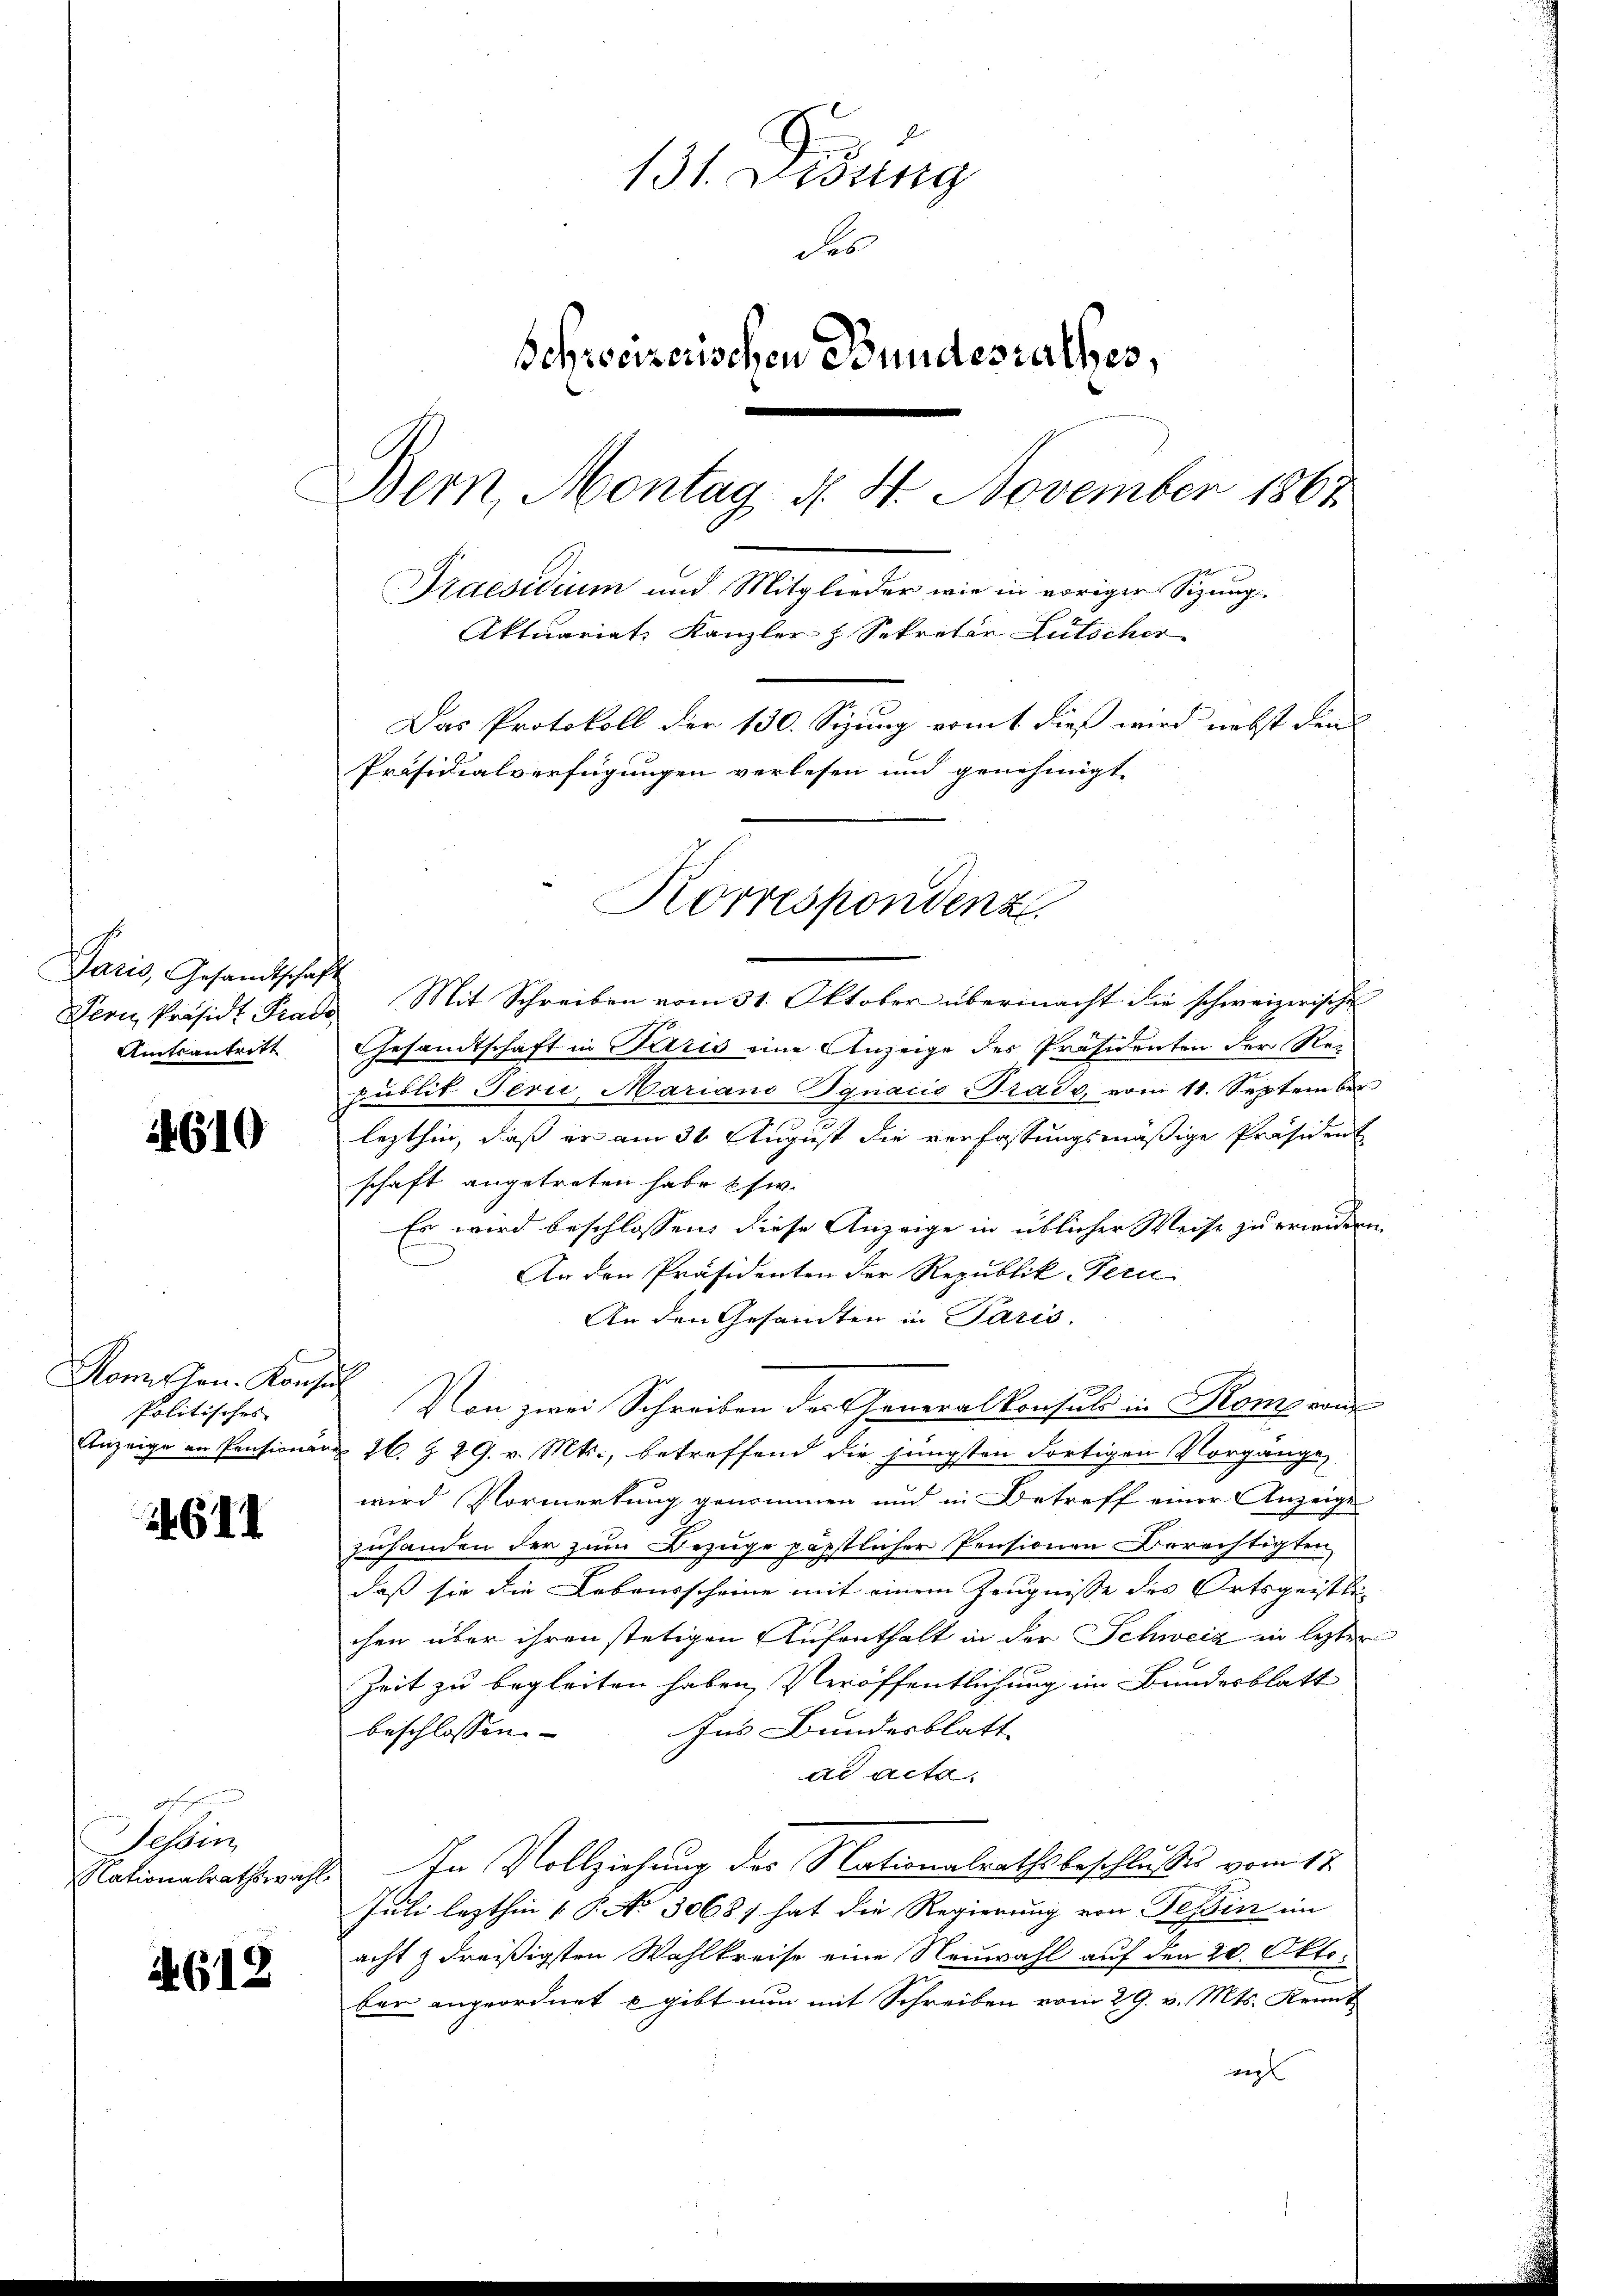
Paris, Gesandtschaft
Amtsantritt

4610

Man hrn. Konsul
Politisches

611

Behin
Nationalrathswahl.

618

131. Didung
Ses
Schweizerischen Bundesrathes,
Bern, Montag d. 4. November 1867
Praesidium und Mitglieder wie in voriger Sizung.
Aktuariat, Kanzler z. Sekretär Lütscher
Das Protokoll der 130. Sizung vomt dieß wird nebst den
Präsidialverfügungen verlesen und genehmigt

Korrespondenz

Pern Präsidt Prad Mit Schreiben vom 31. Oktober übermacht die schweizerische
Gesandtschaft in Paris eine Anzeige des Präsidenten der Republit Teri, Mariano Dynacis Trade, vom 11. September
lezthin, daß er am 31 August die verfassungsmäßige Präsident
schaft angetreten habe es w.
Es wird beschlossen, diese Anzeige in üblicher Weise zu erweidern.
An den Präsidenten der Republik Fern
An den Gesandten in Paris.
Von zwei Schreiben der Generalkonsuls in Rom von
Einzeige an Pensionär 26. & 29. v. Mts., betreffend die jüngsten dortigen Vorgänge
wird Vormerkung genommen und in Betreff einer Anzeige
zuhanden der zum Bezuge päpstlicher Pensionen Berechtigten
daß sie die Lebensscheine mit einem Zeugnisse des Ortsgeiste
chen über ihren stetigen Aufenthalt in der Schweiz in lezter
Zeit zu begleiten haben, Veröffentlichung im Bundesblatt
Ins Bundesblatt
beschlossen. |
dd acta.
d. In Vollziehung des Nationalrathsbeschlusses vom 17.
Juli lezthin 1 S. No 30681 hat die Regierung von Tessin im
acht & dreißigsten Wahlkreise eine Neuwahl auf den 20. Okto
ber angeordnet u gibt nun mit Schreiben vom 29. v. Mts. Kennt
e